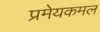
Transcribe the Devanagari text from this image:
प्रमेयकमल